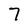
Character: 7